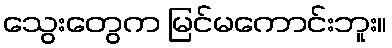
သွေးတွေက မြင်မကောင်းဘူး။